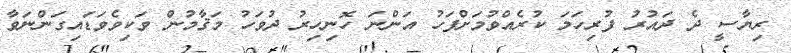
ރިޔާސީ ދެ ދައުރު ފުރިހަމަ ކުރެއްވުމަށްފަހު އަންނަ ހޮނިހިރު ދުވަހު މަޤާމުން ވަކިވެވަޑައިގަންނަވާ